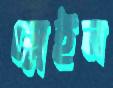
স্লেইন